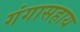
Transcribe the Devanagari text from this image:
गंगासहाय